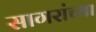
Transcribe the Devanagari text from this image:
सागरांच्या